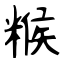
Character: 糇